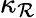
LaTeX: \kappa_{\mathcal{R}}